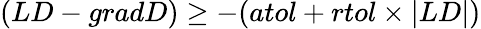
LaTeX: (LD-gradD)\ge-(atol+rtol\times|LD|)